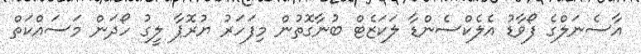
އާސެނަލްގެ ފޯވާޑު އެލެކްސެންޑާ ލަކަޒެޓް ބުނާގޮތުން މިފަހަރު ޔުރޮޕާ ލީގު ހޯދަން މަސައްކަތް